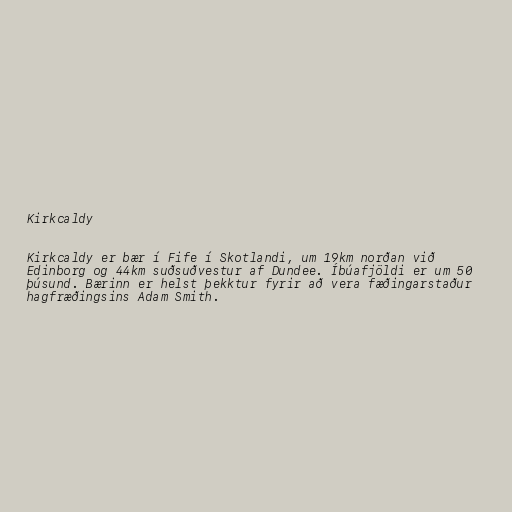
Kirkcaldy

Kirkcaldy er bær í Fife í Skotlandi, um 19km norðan við
Edinborg og 44km suðsuðvestur af Dundee. Íbúafjöldi er um 50
þúsund. Bærinn er helst þekktur fyrir að vera fæðingarstaður
hagfræðingsins Adam Smith.